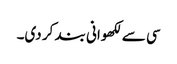
سی سے لکھوانی بند کر دی۔